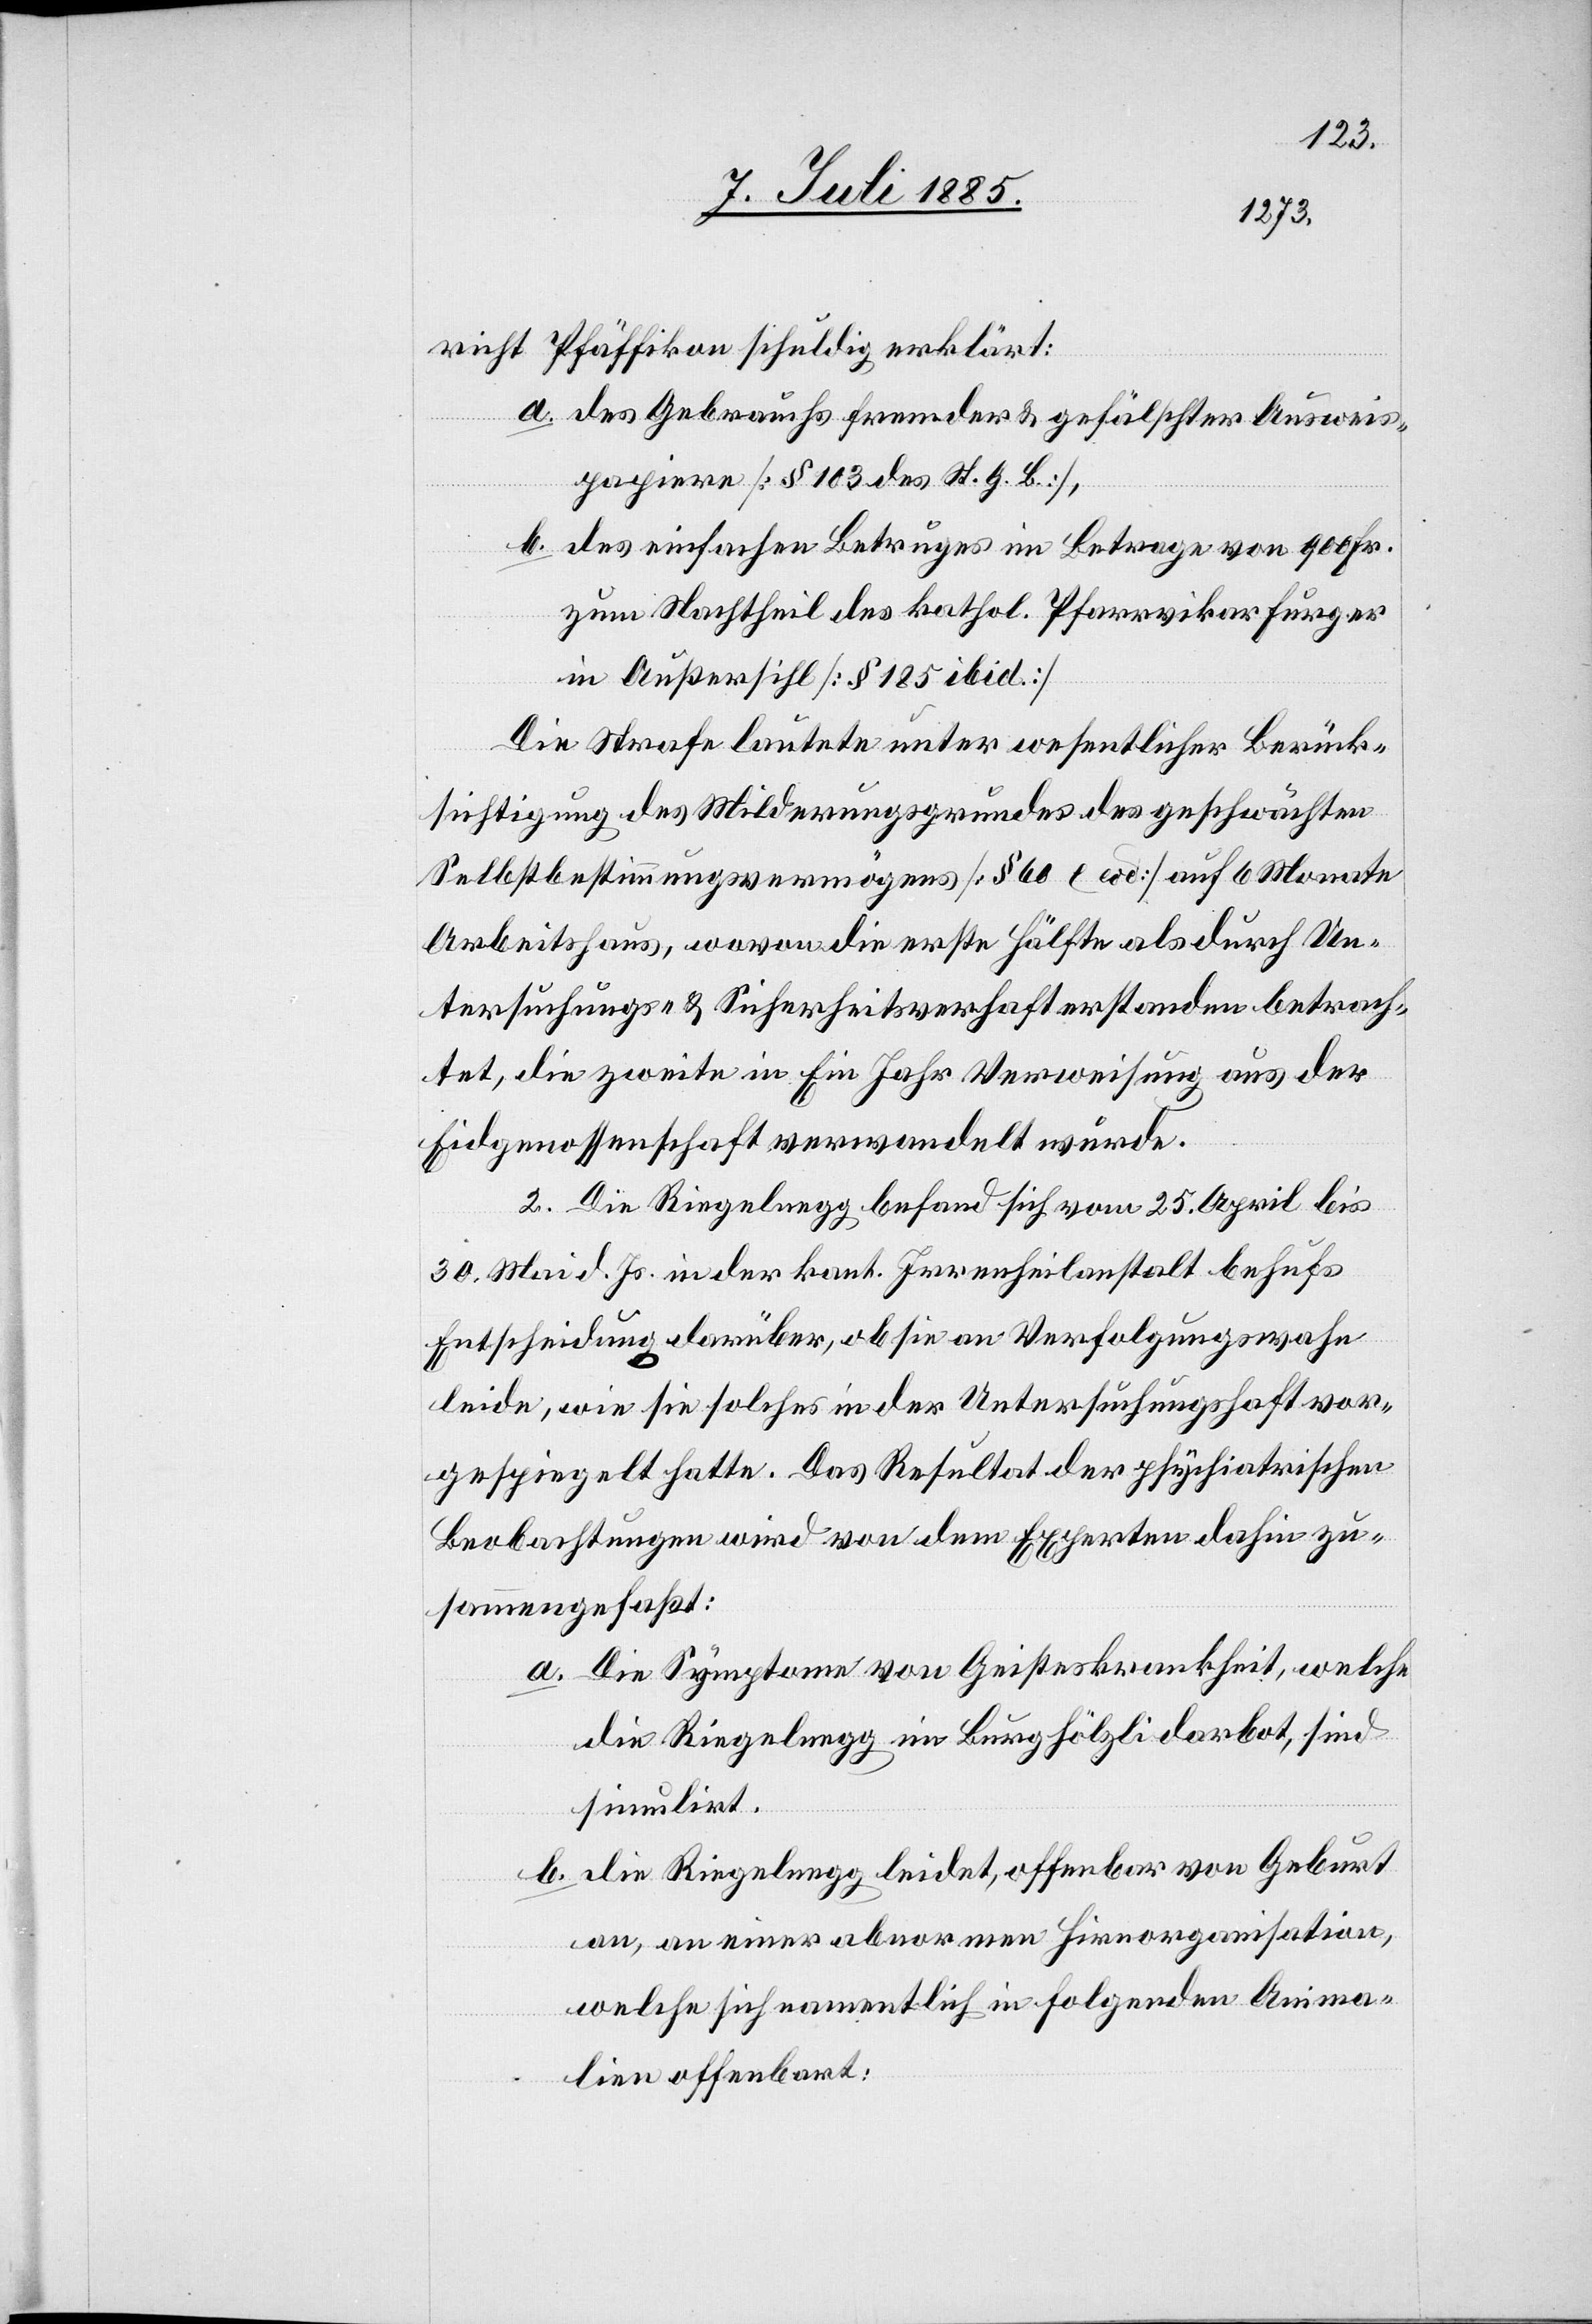
lien
richt Pfäffikon schuldig erklärt:
a. des Gebrauchs fremder & gefälschter Ausweis¬
papiere [§ 103 des St. G. B.],
b. des einfachen Betruges im Betrage von 900 Fr.
zum Nachtheil des kathol. Pfarrvikar Furger
in Außersihl [§ 185 ibid.]
Die Strafe lautete unter wesentlicher Berück¬
sichtigung des Milderungsgrundes des geschwächten
Selbstbestimmungsvermögens [§ 60 c eod] auf 6 Monaten
Arbeitshaus, wovon die erste Hälfte als durch Un¬
tersuchungs- & Sicherheitsverhaft erstanden betrach¬
tet, die zweite in Ein Jahr Verweisung aus der
Eidgenossenschaft verwandelt wurde.
2. Die Riegelnegg befand sich vom 25. April bis
30. Mai d. Js. in der kant. Irrenheilanstalt behufs
Entscheidung darüber, ob sie an Verfolgungswahn
leide, wie sie solches in der Untersuchungshaft vor¬
gespiegelt hatte. Das Resultat der psychiatrischen
Beobachtungen wird von dem Experten dahin zu¬
sammengefaßt:
a. Die Symptome von Geisteskrankheit, welche
die Riegelnegg im Burghölzli darbot, sind
simulirt.
b. die Riegelnegg leidet, offenbar von Geburt
an, an einer abnormen Hirnorganisation,
welche sich namentlich in folgenden Anima¬